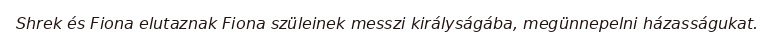
Shrek és Fiona elutaznak Fiona szüleinek messzi királyságába, megünnepelni házasságukat.